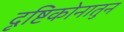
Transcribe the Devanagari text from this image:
दृष्टिकोनातुन